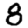
Digit: 8